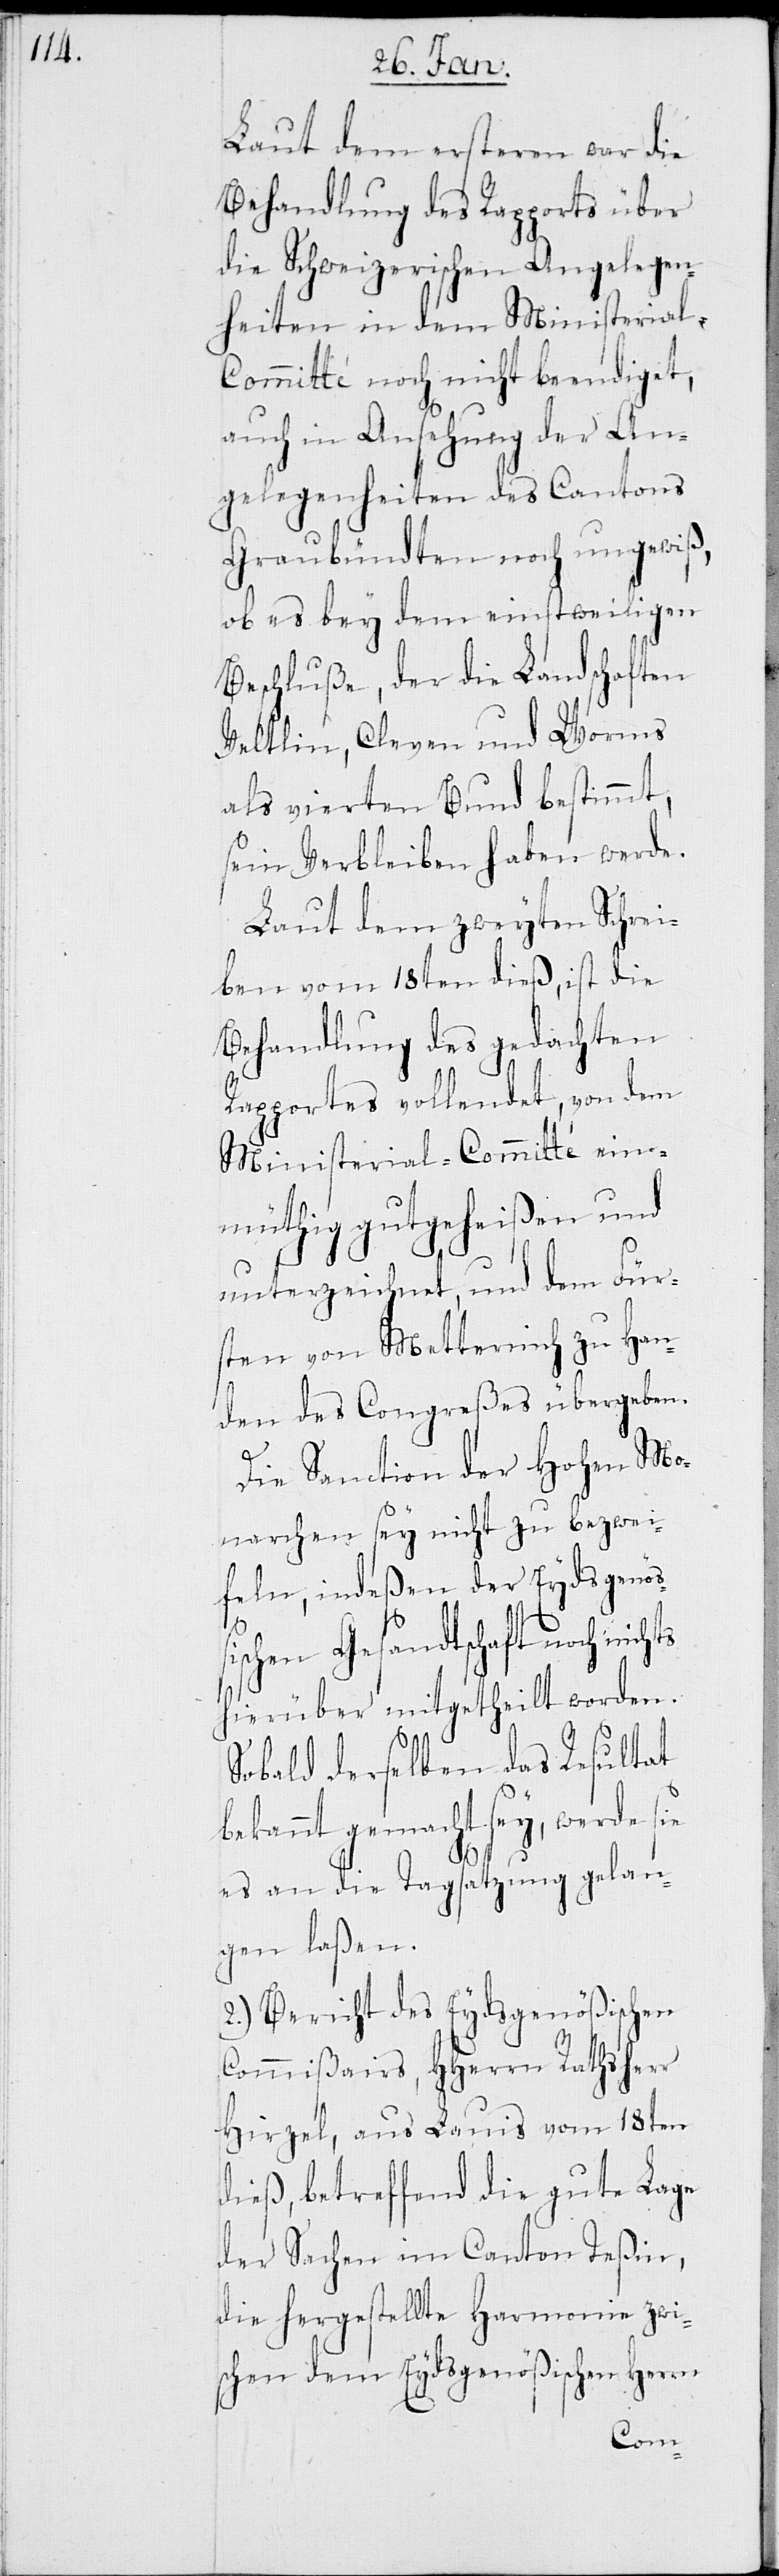
Laut dem ersteren war die
Behandlung des Rapports über
die Schweizerischen Angelegen¬
heiten in dem Ministerial-C¬
ommitté noch nicht beendiget,
auch in Ansehung der An¬
gelegenheiten des Cantons
Graubündten noch ungewiß,
ob es bey dem einstweiligen
Beschluße, der die Landschaften
Veltlin, Cleven und Worms
als vierten Bund bestimmt,
sein Verbleiben haben werde.
Laut dem zweyten Schrei¬
ben vom 18ten dieß, ist die
Behandlung des gedachten
Rapportes vollendet, von dem
Ministerial-Committé ein¬
müthig gutgeheißen und
unterzeichnet, und dem Für¬
sten von Metternich zu Han¬
den des Congreßes übergeben.
Die Sanction der Hohen Mo¬
narchen sey nicht zu bezwei¬
feln, indeßen der Eydsgenöß¬
ischen Gesandtschaft noch nichts
hierüber mitgetheilt worden.
Sobald derselben das Resultat
bekannt gemacht sey, werde sie
es an die Tagsatzung gelan¬
gen laßen.
2.) Bericht des Eydsgenößischen
Commißairs, HHerrn Rathsherr
Hirzel, aus Lauis vom 18ten
dieß, betreffend die gute Lage
der Sachen im Canton Teßin,
die hergestellte Harmonie zwis¬
chen dem Eydsgenößischen Herrn